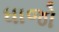
ધાજો